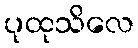
ပုထုသိလေ